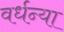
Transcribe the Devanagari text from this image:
वर्धन्या